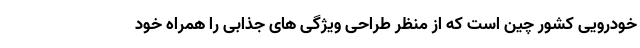
خودرویی کشور چین است که از منظر طراحی ویژگی های جذابی را همراه خود